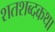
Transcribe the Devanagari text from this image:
शतशब्दकथा